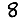
Digit: 8